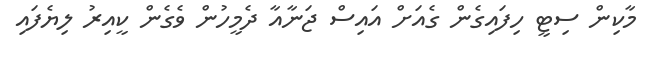
މާކިން ސިޓީ ހިފައިގެން ގެއަށް އައިސް ޖަނާއާ ދެމީހުން ވެގެން ކީއިރު ލިޔެފައި